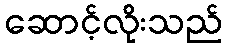
ဆောင့်လိုးသည်